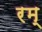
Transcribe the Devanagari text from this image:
रम्